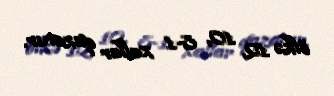
ölkə 12, 10, 8-1 xallar qazanır.